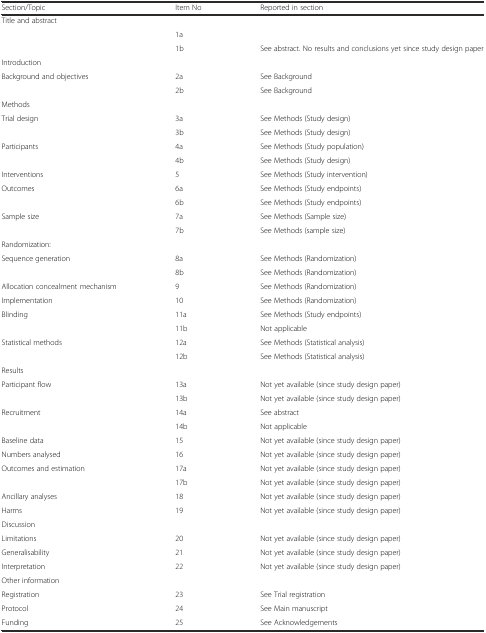
<table><thead><tr><td><b>Section/Topic</b></td><td><b>Item No</b></td><td><b>Reported in section</b></td></tr></thead><tbody><tr><td>Title and abstract</td><td></td><td></td></tr><tr><td></td><td>1a</td><td></td></tr><tr><td></td><td>1b</td><td>See abstract. No results and conclusions yet since study design paper</td></tr><tr><td>Introduction</td><td></td><td></td></tr><tr><td>Background and objectives</td><td>2a</td><td>See Background</td></tr><tr><td></td><td>2b</td><td>See Background</td></tr><tr><td>Methods</td><td></td><td></td></tr><tr><td>Trial design</td><td>3a</td><td>See Methods (Study design)</td></tr><tr><td></td><td>3b</td><td>See Methods (Study design)</td></tr><tr><td>Participants</td><td>4a</td><td>See Methods (Study population)</td></tr><tr><td></td><td>4b</td><td>See Methods (Study design)</td></tr><tr><td>Interventions</td><td>5</td><td>See Methods (Study intervention)</td></tr><tr><td>Outcomes</td><td>6a</td><td>See Methods (Study endpoints)</td></tr><tr><td></td><td>6b</td><td>See Methods (Study endpoints)</td></tr><tr><td>Sample size</td><td>7a</td><td>See Methods (Sample size)</td></tr><tr><td></td><td>7b</td><td>See Methods (sample size)</td></tr><tr><td>Randomization:</td><td></td><td></td></tr><tr><td>Sequence generation</td><td>8a</td><td>See Methods (Randomization)</td></tr><tr><td></td><td>8b</td><td>See Methods (Randomization)</td></tr><tr><td>Allocation concealment mechanism</td><td>9</td><td>See Methods (Randomization)</td></tr><tr><td>Implementation</td><td>10</td><td>See Methods (Randomization)</td></tr><tr><td>Blinding</td><td>11a</td><td>See Methods (Study endpoints)</td></tr><tr><td></td><td>11b</td><td>Not applicable</td></tr><tr><td>Statistical methods</td><td>12a</td><td>See Methods (Statistical analysis)</td></tr><tr><td></td><td>12b</td><td>See Methods (Statistical analysis)</td></tr><tr><td>Results</td><td></td><td></td></tr><tr><td>Participant flow</td><td>13a</td><td>Not yet available (since study design paper)</td></tr><tr><td></td><td>13b</td><td>Not yet available (since study design paper)</td></tr><tr><td>Recruitment</td><td>14a</td><td>See abstract</td></tr><tr><td></td><td>14b</td><td>Not applicable</td></tr><tr><td>Baseline data</td><td>15</td><td>Not yet available (since study design paper)</td></tr><tr><td>Numbers analysed</td><td>16</td><td>Not yet available (since study design paper)</td></tr><tr><td>Outcomes and estimation</td><td>17a</td><td>Not yet available (since study design paper)</td></tr><tr><td></td><td>17b</td><td>Not yet available (since study design paper)</td></tr><tr><td>Ancillary analyses</td><td>18</td><td>Not yet available (since study design paper)</td></tr><tr><td>Harms</td><td>19</td><td>Not yet available (since study design paper)</td></tr><tr><td>Discussion</td><td></td><td></td></tr><tr><td>Limitations</td><td>20</td><td>Not yet available (since study design paper)</td></tr><tr><td>Generalisability</td><td>21</td><td>Not yet available (since study design paper)</td></tr><tr><td>Interpretation</td><td>22</td><td>Not yet available (since study design paper)</td></tr><tr><td>Other information</td><td></td><td></td></tr><tr><td>Registration</td><td>23</td><td>See Trial registration</td></tr><tr><td>Protocol</td><td>24</td><td>See Main manuscript</td></tr><tr><td>Funding</td><td>25</td><td>See Acknowledgements</td></tr></tbody></table>